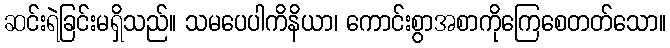
ဆင်းရဲခြင်းမရှိသည်။ သမပေပါကိနိယာ၊ ကောင်းစွာအစာကိုကြေစေတတ်သော။